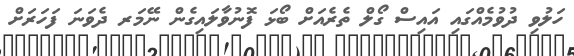
ހަލުވި ދުވުމެއްގައި އައިސް ގޯލް ތެރެއަށް ބޯޅަ ފޮނުވާލައިގެން ނޭމަރ ދެވަނަ ފަހަރަށް